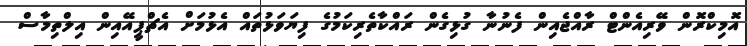
އޮމިކްރޮން ވޭރިއެންޓް ރާއްޖެއިން ފެނުނާ ގުޅިގެން ރައްކާތެރިކަމުގެ ފިޔަވަޅުތައް އެޅުމަށް އެޗްޕީއޭއިން އިލްތިމާސް